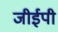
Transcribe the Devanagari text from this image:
जीईपी